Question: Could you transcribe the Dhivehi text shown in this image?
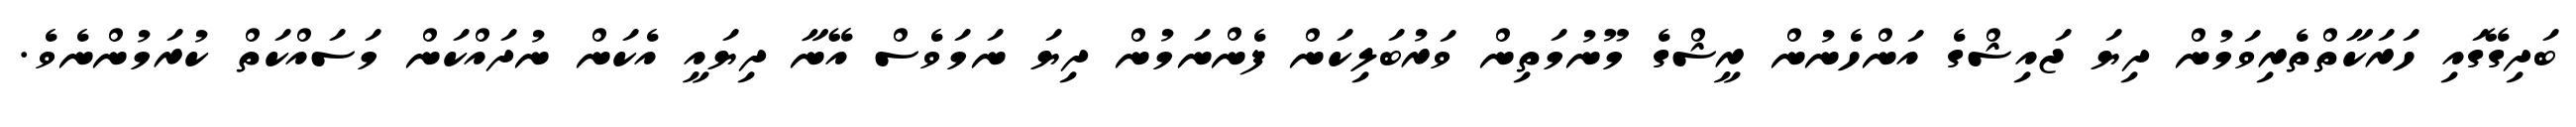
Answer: ބަދިގޭގައި ހަރަކާތްތެރިވަމުން ދިޔަ ޖައިޝްގެ އަންހެނުން ރީޝްގެ މޫނުމަތިން ވަރުބަލިކަން ފެންނަމުން ދިޔަ ނަމަވެސް އޭނާ ދިޔައީ އެކަން ނުދައްކަން މަސައްކަތް ކުރަމުންނެވެ.